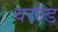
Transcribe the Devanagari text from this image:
वरल्ड